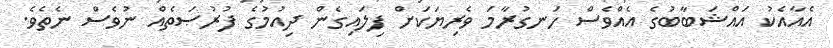
އެއާއެކު އައްޝަބާބުގެ އެއްވެސް ހަނގުރާމަ ވެރިޔަކަށް ފިލައިގެން ދިއުމުގެ ފުރުޞަތެއް ނުވެސް ނެތެވެ.